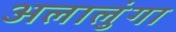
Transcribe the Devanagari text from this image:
अलालुंगा